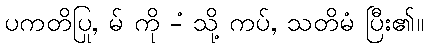
ပကတိပြု, မ် ကို -ံ သို့ ကပ်, သတိမံ ပြီး၏။